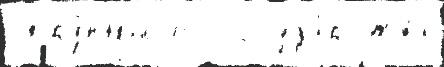
 Кру́пныjе  госуда́рства